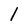
Character: 1